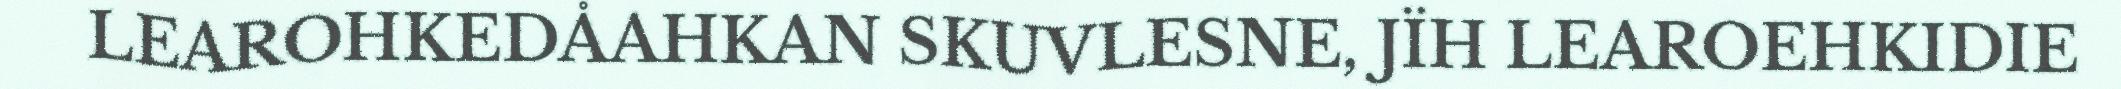
LEAROHKEDÅAHKAN SKUVLESNE, JÏH LEAROEHKIDIE